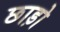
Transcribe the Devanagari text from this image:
छाड़ो